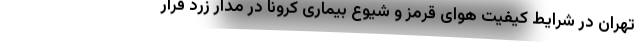
تهران در شرایط کیفیت هوای قرمز و شیوع بیماری کرونا در مدار زرد قرار